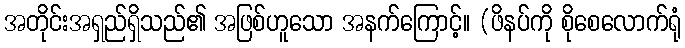
အတိုင်းအရှည်ရှိသည်၏ အဖြစ်ဟူသော အနက်ကြောင့်။ (ဖိနပ်ကို စိုစေလောက်ရုံ